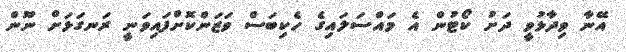
އޭނާ ވިދާޅުވީ ދަށު ކޯޓުން އެ މައްސަލައިގެ ހެކިބަސް ވަޒަންކޮށްފައިވަނީ ރަނގަޅަށް ނޫން